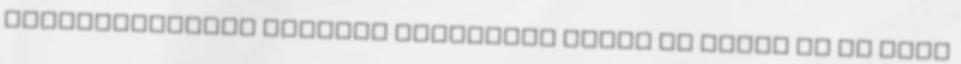
telefonszámhoz tartozó előfizető nevét és címét is be kell